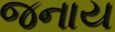
જનાય